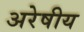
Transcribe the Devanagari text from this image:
अरेषीय